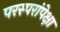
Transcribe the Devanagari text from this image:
परस्परांपेक्षा